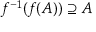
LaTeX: f ^ { - 1 } ( f ( A ) ) \supseteq A